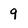
Character: q